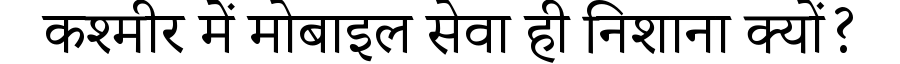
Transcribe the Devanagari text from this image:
कश्मीर में मोबाइल सेवा ही निशाना क्यों?